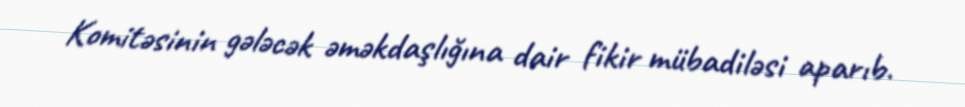
Komitəsinin gələcək əməkdaşlığına dair fikir mübadiləsi aparıb.